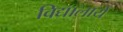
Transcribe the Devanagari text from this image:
विद्यालायें